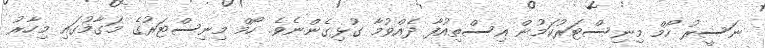
ނަސީރު ހޯމް މިނިސްޓަރުކަމުން އިސްތިއުފާ ދެއްވުމާ ގުޅިގެންނެވެ. ހޯމް މިނިސްޓަރުގެ މަގާމުގައި މިހާރު